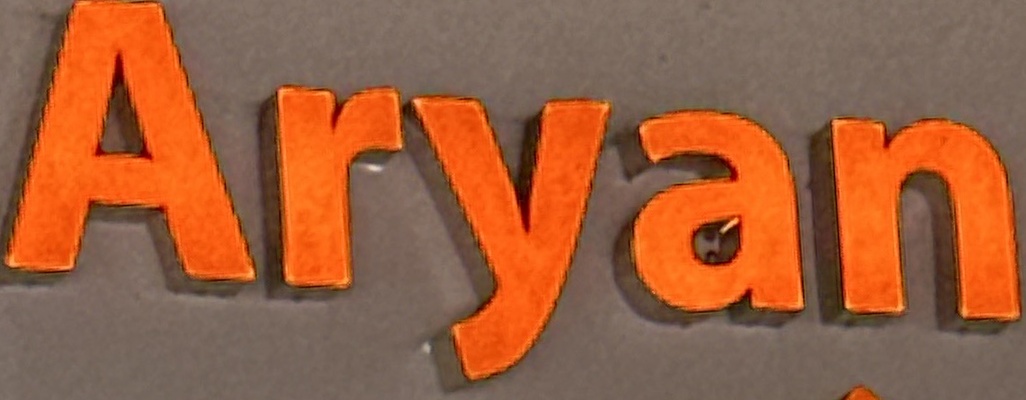
Aryan